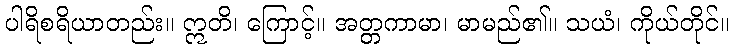
ပါရိစရိယာတည်း။ ဣတိ၊ ကြောင့်။ အတ္တကာမာ၊ မာမည်၏။ သယံ၊ ကိုယ်တိုင်။